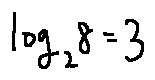
\log _ { 2 } 8 = 3